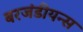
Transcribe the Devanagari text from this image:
बरजंडीयन्स